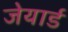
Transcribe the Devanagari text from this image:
जेयार्ड